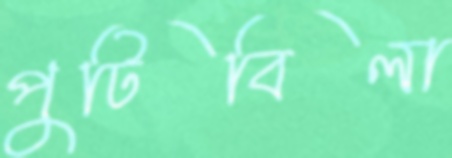
পুটিবিলা